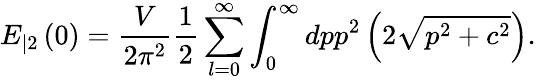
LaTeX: E_{|2}\left(0\right)=\frac V{2\pi^{2}}\frac 12\sum_{l=0}^{\infty}\int_{0}^{\infty}dpp^{2}\left(2\sqrt{p^{2}+c^{2}}\right).